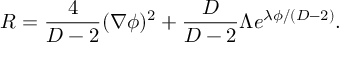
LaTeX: R = \frac { 4 } { D - 2 } ( \nabla \phi ) ^ { 2 } + \frac { D } { D - 2 } \Lambda e ^ { \lambda \phi / ( D - 2 ) } .